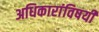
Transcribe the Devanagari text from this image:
अधिकारांविषयी